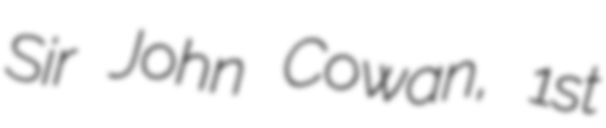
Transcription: Sir John Cowan, 1st